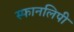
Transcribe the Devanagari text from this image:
स्फानलिपी